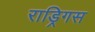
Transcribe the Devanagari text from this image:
राड्रिगस